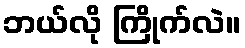
ဘယ်လို ကြိုက်လဲ။